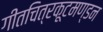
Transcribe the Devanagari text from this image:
गीतचित्रकूटमण्डन